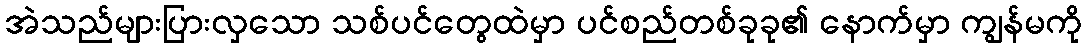
အဲသည်များပြားလှသော သစ်ပင်တွေထဲမှာ ပင်စည်တစ်ခုခု၏ နောက်မှာ ကျွန်မကို